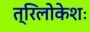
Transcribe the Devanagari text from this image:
त्रिलोकेशः